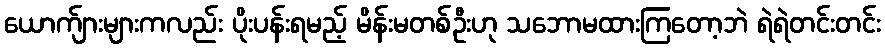
ယောက်ျားများကလည်း ပိုးပန်းရမည့် မိန်းမတစ်ဦးဟု သဘောမထားကြတော့ဘဲ ရဲရဲတင်းတင်း